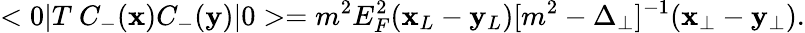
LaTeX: <0|T\ C_{-}(\mathbf{x})C_{-}(\mathbf{y})|0>=m^{2}E_{F}^{2}(\mathbf{x}_{L}-\mathbf{y}_{L})[m^{2}-\Delta_{\perp}]^{-1}(\mathbf{x}_{\perp}-\mathbf{y}_{\perp}).